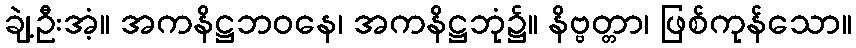
ချဲ့ဦးအံ့။ အကနိဋ္ဌဘဝနေ၊ အကနိဋ္ဌဘုံ၌။ နိဗ္ဗတ္တာ၊ ဖြစ်ကုန်သော။